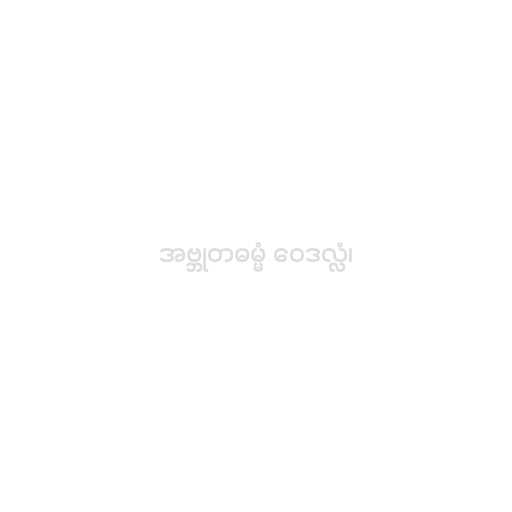
အဗ္ဘုတဓမ္မံ ဝေဒလ္လံ၊